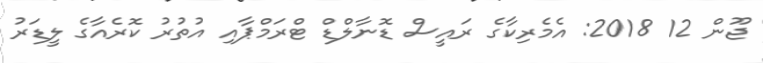
ޖޫން 12 2018: އެމެރިކާގެ ރައީސް ޑޮނާލްޑް ޓްރަމްޕާއި އުތުރު ކޮރެއާގެ ލީޑަރު